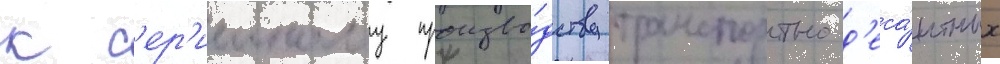
к с'ер'ииному произво́дству транспортно-д'еса́нтных